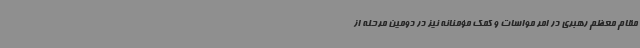
مقام معظم رهبری در امر مواسات و کمک مؤمنانه نیز در دومین مرحله از